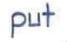
put